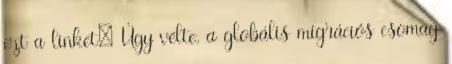
ezt a linket: Úgy vélte, a globális migrációs csomag